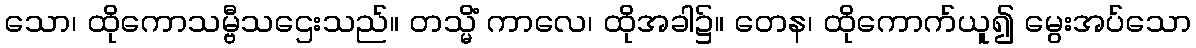
သော၊ ထိုကောသမ္ဗီသဌေးသည်။ တသ္မိံ ကာလေ၊ ထိုအခါ၌။ တေန၊ ထိုကောက်ယူ၍ မွေးအပ်သော